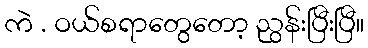
ကဲ . ဝယ်စရာတွေတော့ ညွန်းပြီးပြီ။